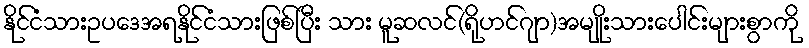
နိုင်ငံသားဥပဒေအရနိုင်ငံသားဖြစ်ပြီး သား မူဆလင်(ရိုဟင်ဂျာ)အမျိုးသားပေါင်းများစွာကို